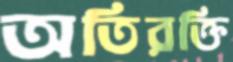
অতিরক্তি